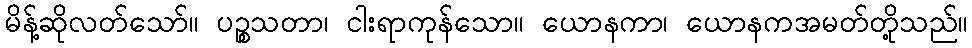
မိန့်ဆိုလတ်သော်။ ပဉ္စသတာ၊ ငါးရာကုန်သော။ ယောနကာ၊ ယောနကအမတ်တို့သည်။